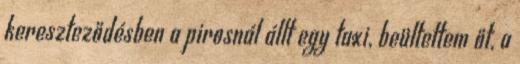
kereszteződésben a pirosnál állt egy taxi, beültettem őt, a